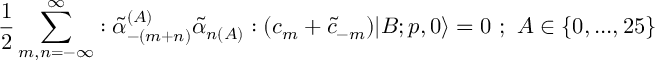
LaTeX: \frac { 1 } { 2 } \sum _ { m , n = - \infty } ^ { \infty } : \tilde { \alpha } _ { - ( m + n ) } ^ { ( A ) } \tilde { \alpha } _ { n ( A ) } : ( c _ { m } + \tilde { c } _ { - m } ) | B ; p , 0 \rangle = 0 \, \, ; \, \, A \in \{ 0 , . . . , 2 5 \}